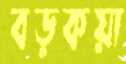
বড়কয়া